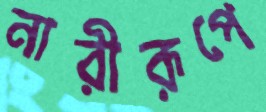
নারীরূপে